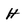
Character: H